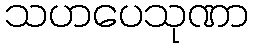
သဟပေသုဏာ